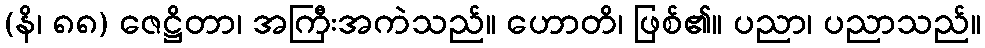
(နိ၊ ၈၈) ဇေဋ္ဌိတာ၊ အကြီးအကဲသည်။ ဟောတိ၊ ဖြစ်၏။ ပညာ၊ ပညာသည်။